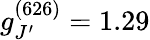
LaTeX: g_{J^{\prime}}^{(626)}=1.29